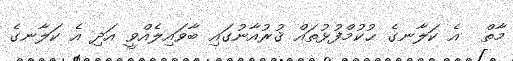
މާތް  އެ ކަލާނގެ ޙުކުމްފުޅުތައް ޤުރުއާނުގައި ބާވައިލެއްވީ އަދި އެ ކަލާނގެ